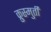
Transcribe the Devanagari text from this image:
क्रुस्मुर्ती